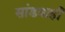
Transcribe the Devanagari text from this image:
सांडवाही